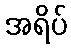
အရိပ်